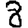
Digit: 8